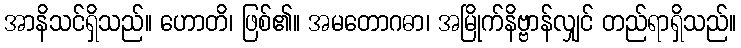
အာနိသင်ရှိသည်။ ဟောတိ၊ ဖြစ်၏။ အမတောဂဓာ၊ အမြိုက်နိဗ္ဗာန်လျှင် တည်ရာရှိသည်။